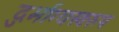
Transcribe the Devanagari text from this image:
दुर्भाग्यस्वरुप